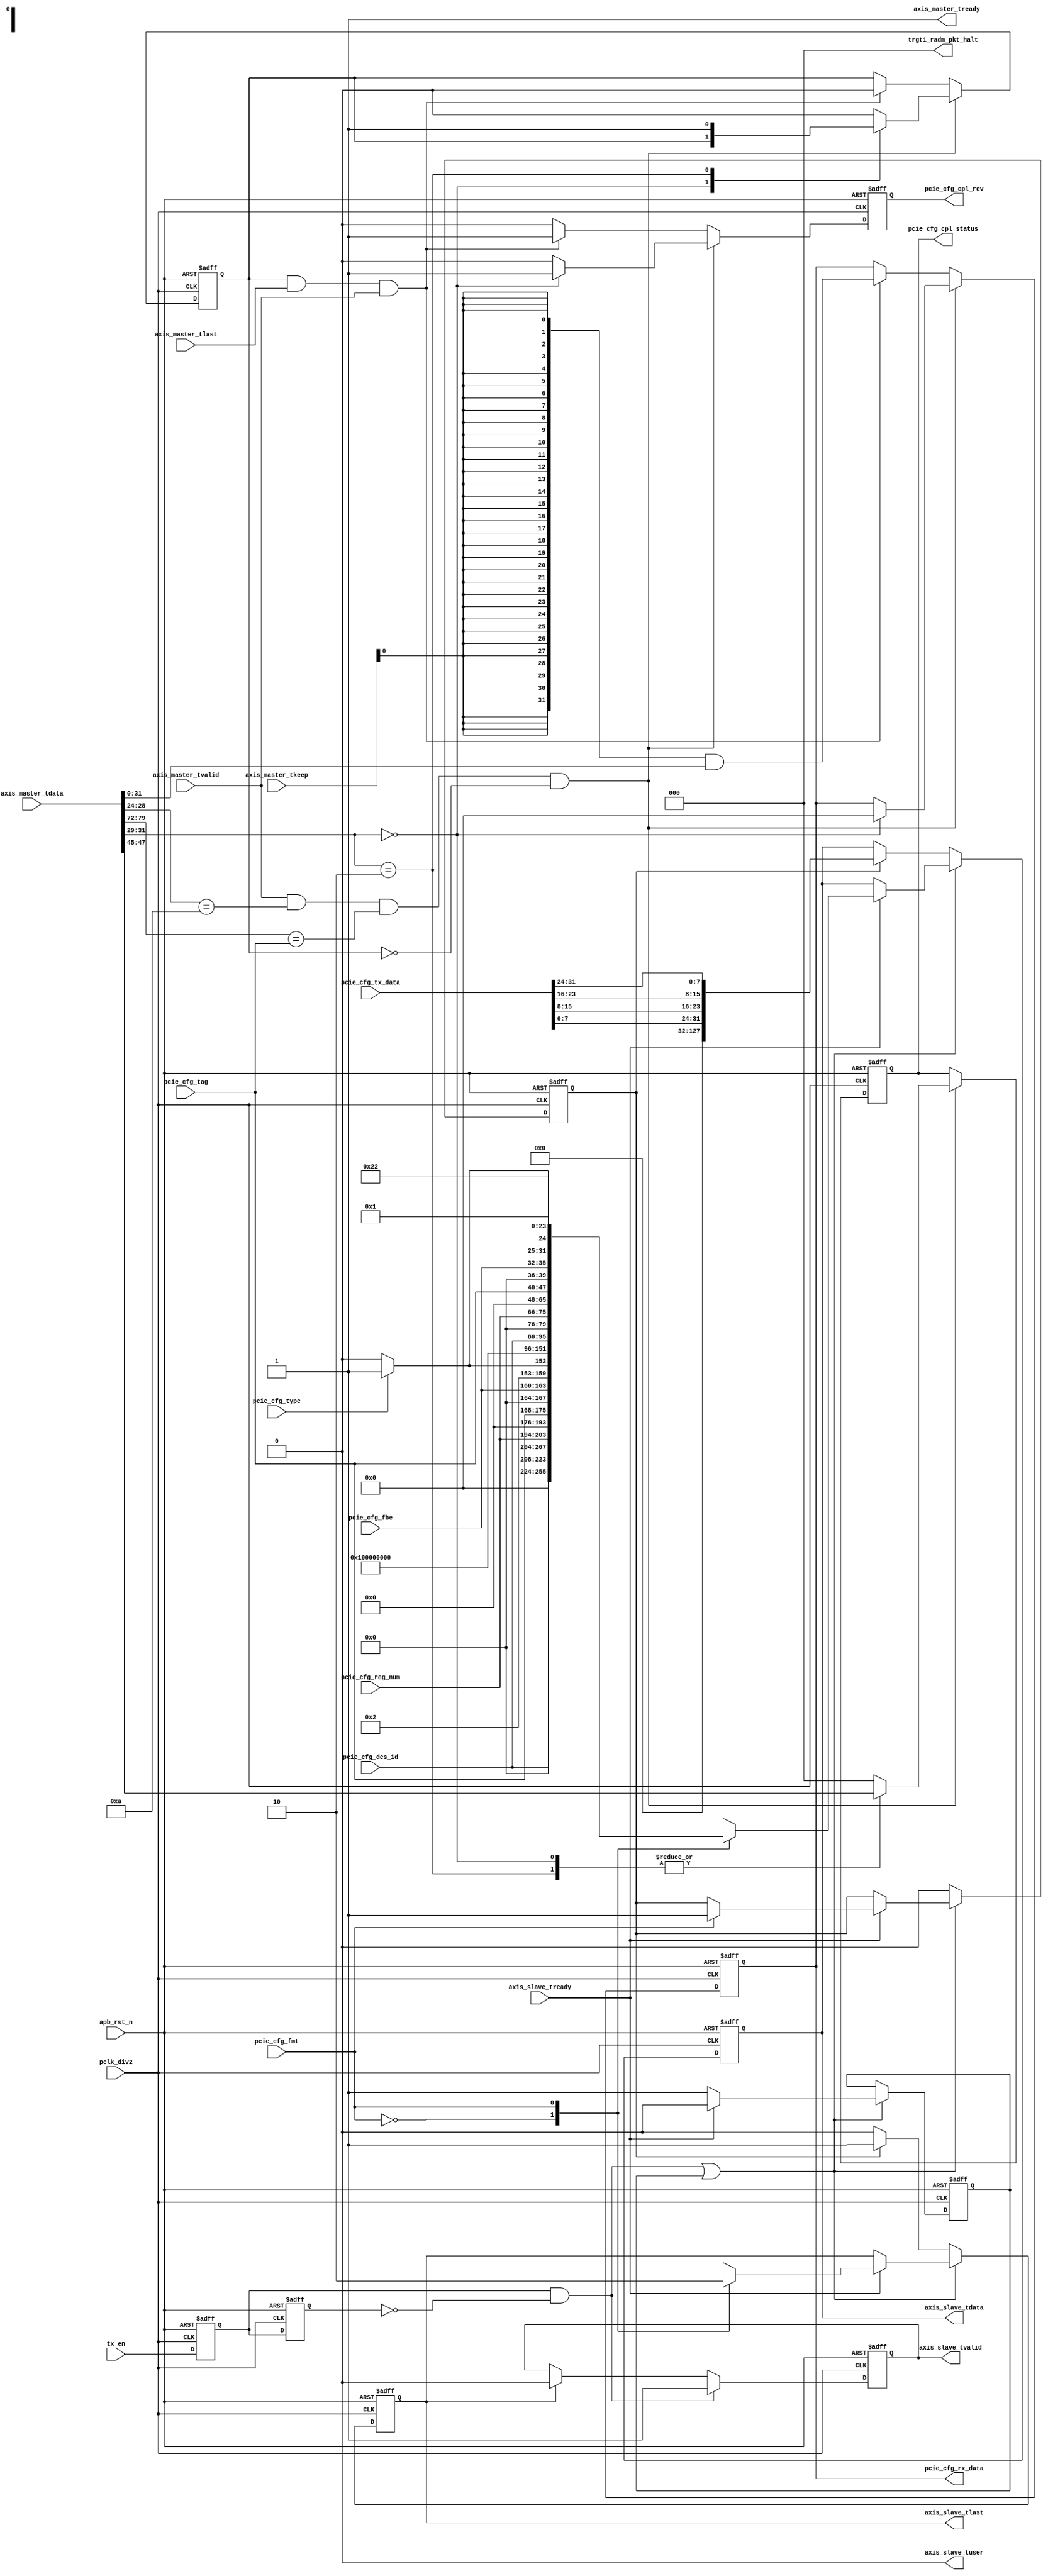
//////////////////////////////////////////////////////////////////////////////
//
// Copyright (c) 2019 PANGO MICROSYSTEMS, INC
// ALL RIGHTS REVERVED.
//
// THE SOURCE CODE CONTAINED HEREIN IS PROPRIETARY TO PANGO MICROSYSTEMS, INC.
// IT SHALL NOT BE REPRODUCED OR DISCLOSED IN WHOLE OR IN PART OR USED BY
// PARTIES WITHOUT WRITTEN AUTHORIZATION FROM THE OWNER.
//
//////////////////////////////////////////////////////////////////////////////
module ipsl_pcie_cfg_trans(
    //from pcie_cfg_core_apb
    input                   pclk_div2,
    input                   apb_rst_n,
    input                   pcie_cfg_fmt,
    input                   pcie_cfg_type,
    input       [7:0]       pcie_cfg_tag,
    input       [3:0]       pcie_cfg_fbe,
//    input       [15:0]      pcie_cfg_req_id,
    input       [15:0]      pcie_cfg_des_id,
    input       [9:0]       pcie_cfg_reg_num,
    input       [31:0]      pcie_cfg_tx_data,
    input                   tx_en,
    output  reg             pcie_cfg_cpl_rcv,
    output  reg [2:0]       pcie_cfg_cpl_status,
    output  reg [31:0]      pcie_cfg_rx_data,
    //to pcie_core
    input                   axis_slave_tready,
    output  reg             axis_slave_tvalid,
    output  reg             axis_slave_tlast,
    output                  axis_slave_tuser,
    output  reg    [127:0]  axis_slave_tdata,

    output                  axis_master_tready,
    input                   axis_master_tvalid,
    input                   axis_master_tlast,
//    input       [7:0]       axis_master_tuser,
    input       [3:0]       axis_master_tkeep,
    input       [127:0]     axis_master_tdata,
    output      [2:0]       trgt1_radm_pkt_halt
//    input       [5:0]       radm_grant_tlp_type
);

wire    [4:0]       type_code;               //
reg                 tx_en_r;
reg                 tx_en_2r;
wire                tx_start;

reg                 tx_data_en;
reg                 tx_wait_en;
reg                 rx_data_en;
//-----------------------------------------------------CFG TLP TX --------------------------------------------
//tx_start indicator
always@(posedge pclk_div2 or negedge apb_rst_n)
    if(!apb_rst_n) begin
        tx_en_r  <= 1'b0;
        tx_en_2r <= 1'b0;
    end
    else begin
        tx_en_r  <= tx_en;
        tx_en_2r <= tx_en_r;
    end
assign tx_start = tx_en_r && !tx_en_2r;

//--------------------------------------------axis_slave-

assign axis_slave_tuser = 1'b0;   // not used in bringup test
assign type_code        = pcie_cfg_type ? 5'b00101 : 5'b00100; //type1:00101 type0:00100
always@(posedge pclk_div2 or negedge apb_rst_n)
    if(!apb_rst_n)
        axis_slave_tvalid <= 1'b0;
    else if (tx_start)
        axis_slave_tvalid <= 1'b1;
    else if (axis_slave_tlast)
        axis_slave_tvalid <= 1'b0;

always@(posedge pclk_div2 or negedge apb_rst_n)
    if(!apb_rst_n) begin
        axis_slave_tlast <= 1'b0;
        axis_slave_tdata <= 128'h0;
        tx_wait_en       <= 1'b0;
        tx_data_en       <= 1'b0;
    end
    else if (tx_start|tx_wait_en) begin
        if(axis_slave_tready) begin
            case(pcie_cfg_fmt)
                1'b0:begin                          //cfg rd fmt=000
                        axis_slave_tlast <= 1'b1;
                        axis_slave_tdata <= {32'h0,
                                             pcie_cfg_des_id,4'h0,pcie_cfg_reg_num,2'h0,    //Des ID,RSVD,REG_NUM,RSVD
                                             16'h0,pcie_cfg_tag,4'h0,pcie_cfg_fbe,          //REQ ID determined bt CTRL,TAG,LBE,FBE
                                             3'h0,type_code,8'h0,8'h0,8'h1};                     //FMT,TYPE,TC,ATTR,TH,TD,EP,AT,LENGTH
                        tx_wait_en       <=  1'b0;
                end
                1'b1:begin                          //cfg_wr fmt=010
                        axis_slave_tlast <= 1'b0;
                        axis_slave_tdata <= {32'h0,
                                             pcie_cfg_des_id,4'h0,pcie_cfg_reg_num,2'h0,    //Des ID,RSVD,REG_NUM,RSVD
                                             16'h0,pcie_cfg_tag,4'h0,pcie_cfg_fbe,          //REQ ID determined bt CTRL,TAG,LBE,FBE
                                             3'h2,type_code,8'h0,8'h0,8'h1};                     //FMT,TYPE,TC,ATTR,TH,TD,EP,AT,LENGTH
                        tx_wait_en      <=  1'b0;
                        tx_data_en      <=  1'b1;
                end
            endcase
        end
        else begin
            tx_wait_en  <= 1'b1;
        end
    end
    else if(tx_data_en) begin
        axis_slave_tlast <= 1'b1;
        axis_slave_tdata <= endian_convert({96'h0,pcie_cfg_tx_data});
        tx_data_en       <= 1'b0;
    end
    else begin
        axis_slave_tlast<= 1'b0;
    end
//--------------------------------------------------------CFG CPL ------
wire    [127:0]     pcie_rx_data;
assign  pcie_rx_data = endian_convert(axis_master_tdata);


assign trgt1_radm_pkt_halt  = 3'b000;        //APP not halt the RX channel
assign axis_master_tready   = 1'b1;
always@(posedge pclk_div2 or negedge apb_rst_n)
    if(!apb_rst_n) begin
        pcie_cfg_cpl_rcv    <= 1'b0;
        pcie_cfg_cpl_status <= 3'b0;
        pcie_cfg_rx_data    <= 32'h0;
        rx_data_en          <= 1'b0;
    end
    else if(axis_master_tvalid && axis_master_tready
            && axis_master_tdata[28:24]== 5'b01010                   //cpl type
            && axis_master_tdata[79:72]== pcie_cfg_tag
            && !rx_data_en)begin         //tag is for cfg req tag
        case(axis_master_tdata[31:29])
            3'b000:begin                                            //CPL without DATA
                pcie_cfg_cpl_rcv    <= 1'b1;
                pcie_cfg_cpl_status <= axis_master_tdata[47:45];     //cpl status field
                pcie_cfg_rx_data    <= 32'h0;
            end
            3'b010:begin                                            //CPL with DATA
                pcie_cfg_cpl_rcv    <= 1'b0;
                pcie_cfg_cpl_status <= axis_master_tdata[47:45];     //CPL status field
                rx_data_en          <= 1'b1;
            end
            default:begin
                pcie_cfg_cpl_rcv    <= 1'b0;
                pcie_cfg_cpl_status <= 3'b0;
                rx_data_en          <= 1'b0;
            end
        endcase
    end
    else if(rx_data_en && axis_master_tlast && axis_master_tvalid && axis_master_tready) begin
        pcie_cfg_cpl_rcv         <= 1'b1;
        pcie_cfg_rx_data         <= {32{axis_master_tkeep[0]}} & axis_master_tdata[31:0];
        rx_data_en               <= 1'b0;
    end
    else begin
        pcie_cfg_cpl_rcv <= 1'b0;
    end
//convert from little endian into big endian
function [127:0] endian_convert;
   input [127:0] data_in;
   begin
   endian_convert[32*0+31:32*0+0] = {data_in[32*0+7:32*0+0], data_in[32*0+15:32*0+8], data_in[32*0+23:32*0+16], data_in[32*0+31:32*0+24]};
   endian_convert[32*1+31:32*1+0] = {data_in[32*1+7:32*1+0], data_in[32*1+15:32*1+8], data_in[32*1+23:32*1+16], data_in[32*1+31:32*1+24]};
   endian_convert[32*2+31:32*2+0] = {data_in[32*2+7:32*2+0], data_in[32*2+15:32*2+8], data_in[32*2+23:32*2+16], data_in[32*2+31:32*2+24]};
   endian_convert[32*3+31:32*3+0] = {data_in[32*3+7:32*3+0], data_in[32*3+15:32*3+8], data_in[32*3+23:32*3+16], data_in[32*3+31:32*3+24]};
   end
endfunction

endmodule